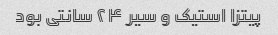
پیتزا استیک و سیر ۲۴ سانتی بود